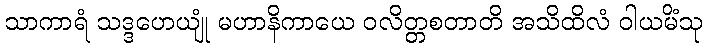
သာကာရံ သဒ္ဒဟေယျုံ မဟာနိကာယေ ဝလိတ္တစတာတိ အသိထိလံ ဝါယမိံသု